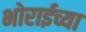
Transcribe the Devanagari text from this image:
भोराईच्या